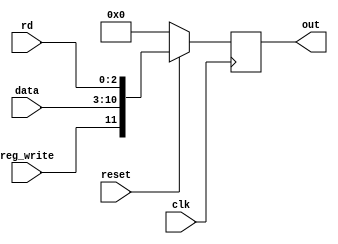
`timescale 1ns / 1ps
//////////////////////////////////////////////////////////////////////////////////
// Company: 
// Engineer: 
// 
// Design Name: 
// Module Name: ex_wb_pl_reg
// Project Name: 
// Target Devices: 
// Tool Versions: 
// Description: 
// 
// Dependencies: 
// 
// Revision:
// Revision 0.01 - File Created
// Additional Comments:
// 
//////////////////////////////////////////////////////////////////////////////////


module ex_wb_pl_reg(
 input clk,
  input reset,
  input reg_write,
  input [7:0] data,
  input [2:0] rd,
  output reg [11:0]out

    );
    
    always@(posedge clk)
    begin
    if(!reset)
    out = 0;
    else
    out = {reg_write,data,rd} ;
    end
endmodule